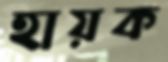
হায়ক